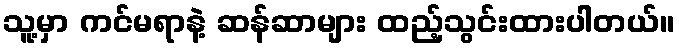
သူ့မှာ ကင်မရာနဲ့ ဆန်ဆာများ ထည့်သွင်းထားပါတယ်။